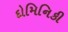
દોમિનિકી